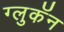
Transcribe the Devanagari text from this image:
ग्लुकॅन